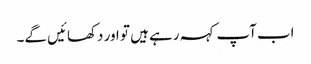
اب آپ کہہ رہے ہیں تو اور دکھائیں گے۔